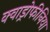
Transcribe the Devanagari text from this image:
क्वाड्रोफीनिया